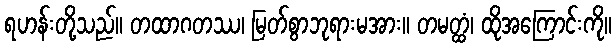
ရဟန်းတို့သည်။ တထာဂတဿ၊ မြတ်စွာဘုရားမအား။ တမတ္ထံ၊ ထိုအကြောင်းကို။